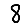
Digit: 8